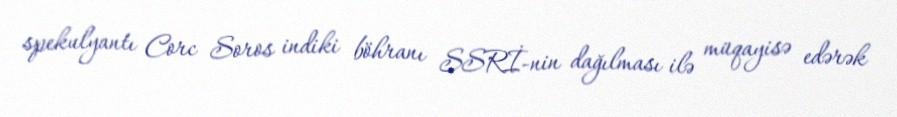
spekulyantı Corc Soros indiki böhranı SSRİ-nin dağılması ilə müqayisə edərək